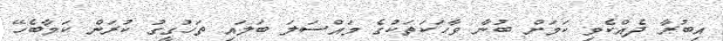
އިބުރާ ދެއްކެވި ކަމަށް ބުނާ ވާހަކަތަކުގެ މައްސަލަ ބަލައި ތަހުގީގު ކުރަން ކަމާބެހޭ